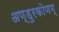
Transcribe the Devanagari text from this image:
अण्डुरकोणम्